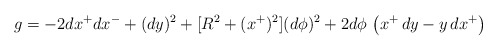
\begin{align*}g = -2dx^+dx^- + (dy)^2 + [R^2 + (x^+)^2](d\phi)^2 + 2d\phi\, \left(x^+\,dy -y\,dx^+\right)\end{align*}